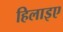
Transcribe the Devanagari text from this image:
हिलाइए